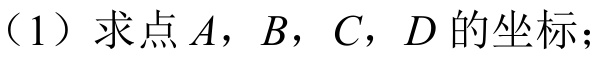
（1）求点\(A，B，C，D\)的坐标；